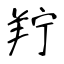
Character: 羜